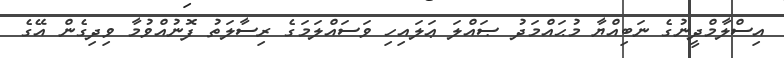
އިސްލާމްދީނުގެ ނަބިއްޔާ މުޙައްމަދު ޞައްލަ ޢަލައިހި ވަސައްލަމަގެ ރިސާލަތު ފޮނުއްވުމާ ވިދިގެން އޭގެ